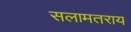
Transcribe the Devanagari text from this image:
सलामतराय